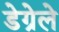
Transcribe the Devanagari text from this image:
डेग्रेले